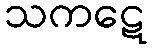
သကဋေ